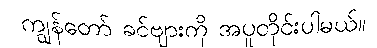
ကျွန်တော် ခင်ဗျားကို အပူတိုင်းပါမယ်။